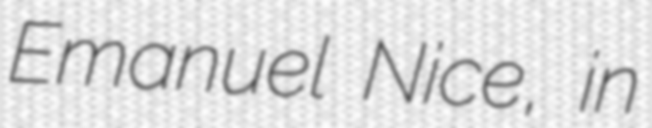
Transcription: Emanuel Nice, in